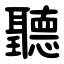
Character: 聽